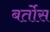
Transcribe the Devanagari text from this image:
बर्तोस